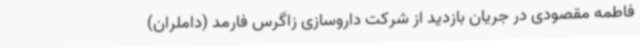
فاطمه مقصودی در جریان بازدید از شرکت داروسازی زاگرس فارمد (داملران)